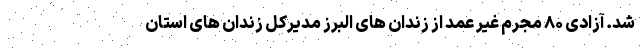
شد. آزادی ۸۰ مجرم غیر عمد از زندان های البرز مدیرکل زندان های استان